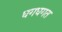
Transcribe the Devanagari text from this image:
धगधगत